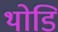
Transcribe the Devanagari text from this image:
थोडि